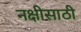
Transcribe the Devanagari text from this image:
नक्षीसाठी